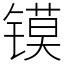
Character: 镆